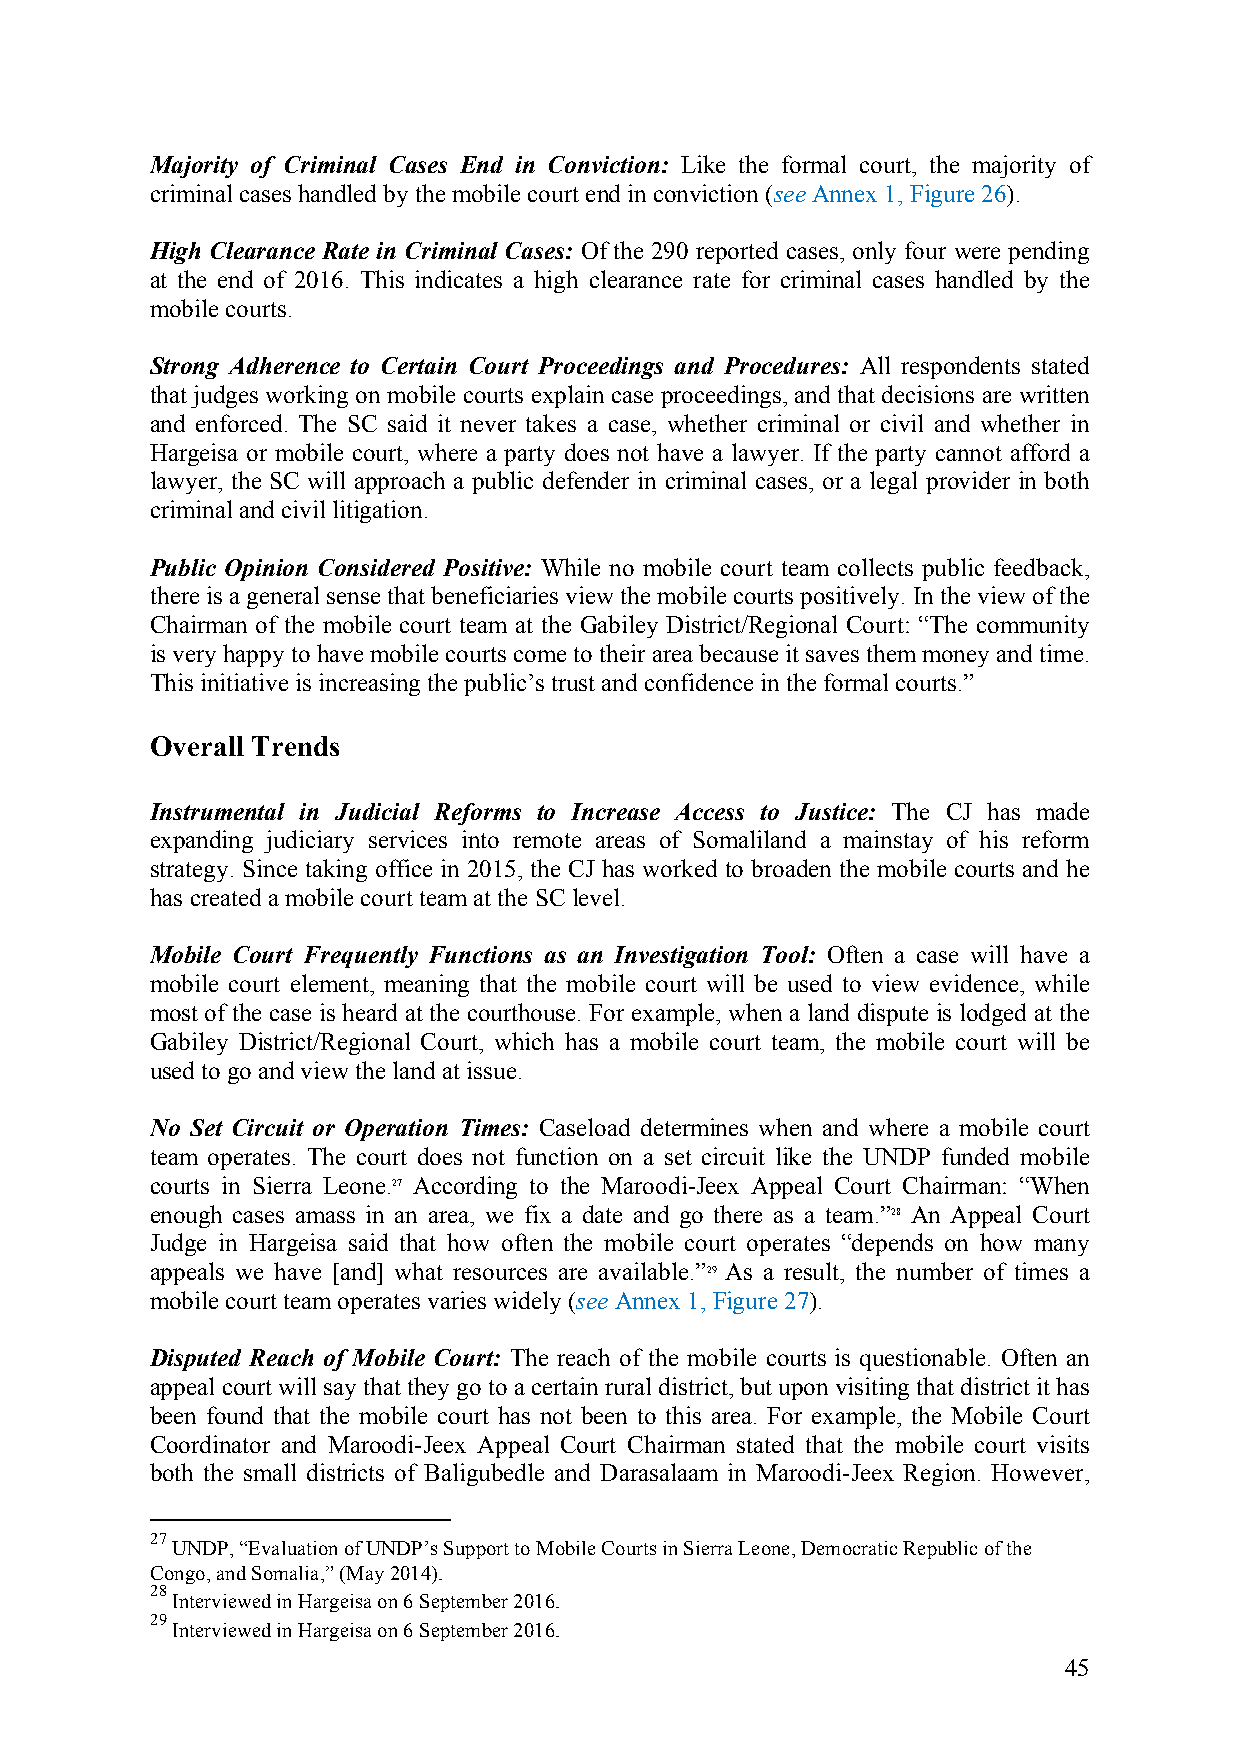
Majority of Criminal Cases End in Conviction: Like the formal court, the majority of
 criminal cases handled by the mobile court end in conviction (see Annex 1, Figure 26).
 High Clearance Rate in Criminal Cases: Of the 290 reported cases, only four were pending
 at the end of 2016. This indicates a high clearance rate for criminal cases handled by the
 mobile courts.
 Strong Adherence to Certain Court Proceedings and Procedures: All respondents stated
 that judges working on mobile courts explain case proceedings, and that decisions are written
 and enforced. The SC said it never takes a case, whether criminal or civil and whether in
 Hargeisa or mobile court, where a party does not have a lawyer. If the party cannot afford a
 lawyer, the SC will approach a public defender in criminal cases, or a legal provider in both
 criminal and civil litigation.
 Public Opinion Considered Positive: While no mobile court team collects public feedback,
 there is a general sense that beneficiaries view the mobile courts positively. In the view of the
 Chairman of the mobile court team at the Gabiley District/Regional Court: “The community
 is very happy to have mobile courts come to their area because it saves them money and time.
 This initiative is increasing the public’s trust and confidence in the formal courts.”
 Overall Trends
 Instrumental in Judicial Reforms to Increase Access to Justice: The CJ has made
 expanding judiciary services into remote areas of Somaliland a mainstay of his reform
 strategy. Since taking office in 2015, the CJ has worked to broaden the mobile courts and he
 has created a mobile court team at the SC level.
 Mobile Court Frequently Functions as an Investigation Tool: Often a case will have a
 mobile court element, meaning that the mobile court will be used to view evidence, while
 most of the case is heard at the courthouse. For example, when a land dispute is lodged at the
 Gabiley District/Regional Court, which has a mobile court team, the mobile court will be
 used to go and view the land at issue.
 No Set Circuit or Operation Times: Caseload determines when and where a mobile court
 team operates. The court does not function on a set circuit like the UNDP funded mobile
 courts in Sierra Leone.27 According to the Maroodi-Jeex Appeal Court Chairman: “When
 enough cases amass in an area, we fix a date and go there as a team.”28 An Appeal Court
 Judge in Hargeisa said that how often the mobile court operates “depends on how many
 appeals we have [and] what resources are available.”29 As a result, the number of times a
 mobile court team operates varies widely (see Annex 1, Figure 27).
 Disputed Reach of Mobile Court: The reach of the mobile courts is questionable. Often an
 appeal court will say that they go to a certain rural district, but upon visiting that district it has
 been found that the mobile court has not been to this area. For example, the Mobile Court
 Coordinator and Maroodi-Jeex Appeal Court Chairman stated that the mobile court visits
 both the small districts of Baligubedle and Darasalaam in Maroodi-Jeex Region. However,
 27
 UNDP, “Evaluation of UNDP’s Support to Mobile Courts in Sierra Leone, Democratic Republic of the
 Congo, and Somalia,” (May 2014).
 28
 Interviewed in Hargeisa on 6 September 2016.
 29
 Interviewed in Hargeisa on 6 September 2016.
 45